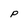
Character: P